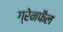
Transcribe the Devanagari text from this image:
ग्रेनफैल